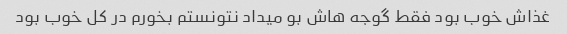
غذاش خوب بود فقط گوجه هاش بو میداد نتونستم بخورم در کل خوب بود